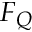
F _ { Q }